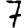
Digit: 7